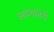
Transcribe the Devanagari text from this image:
अञ्चलमे